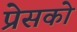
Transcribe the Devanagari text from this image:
प्रेसको